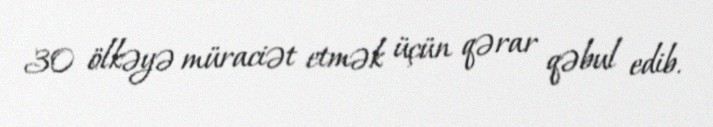
30 ölkəyə müraciət etmək üçün qərar qəbul edib.